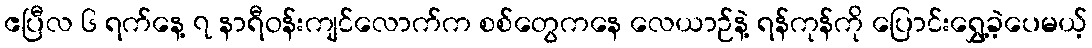
ဧပြီလ ၆ ရက်နေ့ ၇ နာရီဝန်းကျင်လောက်က စစ်တွေကနေ လေယာဉ်နဲ့ ရန်ကုန်ကို ပြောင်းရွှေ့ခဲ့ပေမယ့်